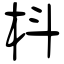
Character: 枓